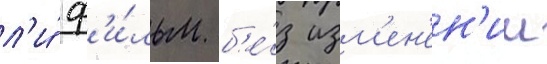
л'и́ ф'и́льм б'е́з изм'ен'ен'ии